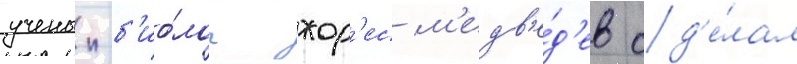
ученыи-б'ио́лог жор'ес м'едв'е́д'ев сд'е́лал